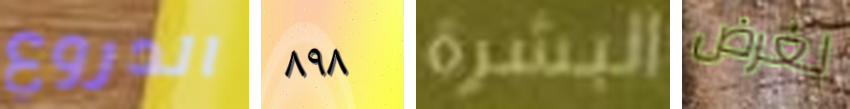
الدروع ٨٩٨ البشرة لغرض